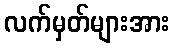
လက်မှတ်များအား